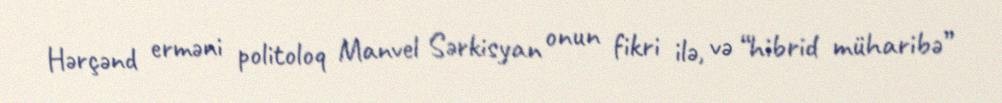
Hərçənd erməni politoloq Manvel Sərkisyan onun fikri ilə, və “hibrid müharibə”